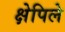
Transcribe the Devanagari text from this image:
क्षेपिले